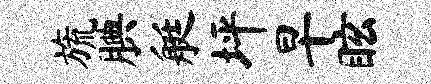
旒腆艇坪早眩